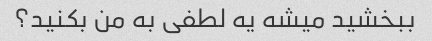
ببخشید میشه یه لطفی به من بکنید؟